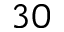
3 0